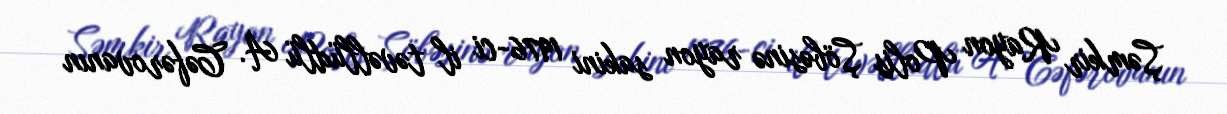
Şəmkir Rayon Polis Şöbəsinə rayon sakini 1976-ci il təvəllüdlü A. Cəfərovanın